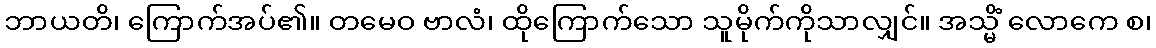
ဘာယတိ၊ ကြောက်အပ်၏။ တမေဝ ဗာလံ၊ ထိုကြောက်သော သူမိုက်ကိုသာလျှင်။ အသ္မိံ လောကေ စ၊